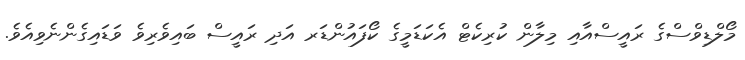
މޯލްޑިވްސްގެ ރައީސްއާއި މިލާން ކުރިކެޓް އެކަޑަމީގެ ކޯފައުންޑަރ އަދި ރައީސް ބައިވެރިވެ ވަޑައިގެންނެވިއެވެ.